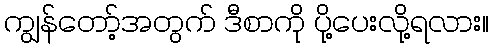
ကျွန်တော့်အတွက် ဒီစာကို ပို့ပေးလို့ရလား။